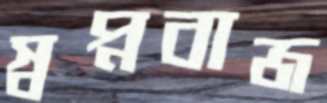
স্বপ্নবাজ